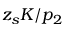
{ z _ { s } K } / { p _ { 2 } }